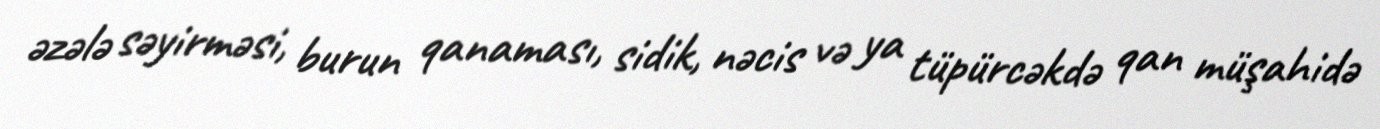
əzələ səyirməsi, burun qanaması, sidik, nəcis və ya tüpürcəkdə qan müşahidə